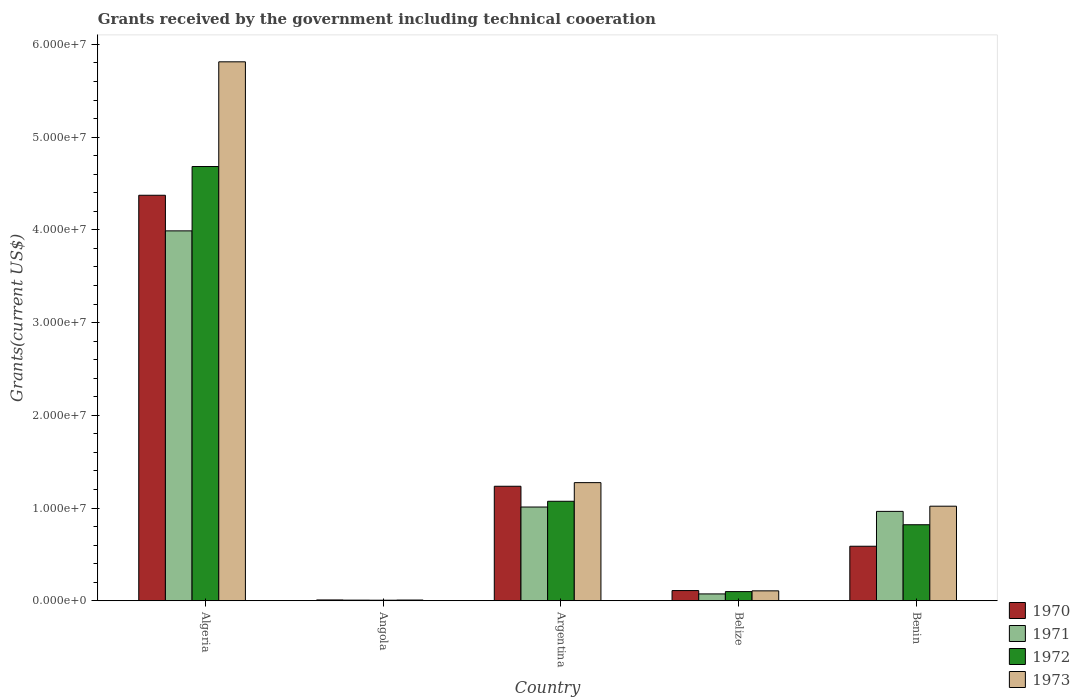
| Country | 1970 | 1971 | 1972 | 1973 |
 | --- | --- | --- | --- | --- |
 | Algeria | 4.37e+07 | 3.99e+07 | 4.68e+07 | 5.81e+07 |
 | Angola | 9e+04 | 7e+04 | 6e+04 | 8e+04 |
 | Argentina | 1.24e+07 | 1.01e+07 | 1.07e+07 | 1.27e+07 |
 | Belize | 1.1e+06 | 7.4e+05 | 9.9e+05 | 1.07e+06 |
 | Benin | 5.88e+06 | 9.64e+06 | 8.2e+06 | 1.02e+07 |